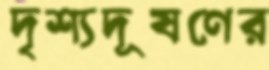
দৃশ্যদূষণের